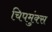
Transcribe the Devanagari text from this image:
चिपमुंक्स